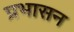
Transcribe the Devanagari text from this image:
प्रभासन